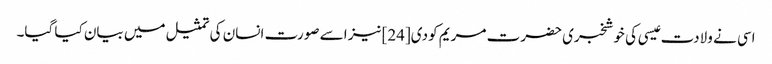
اسی نے ولادت عیسی کی خوشخبری حضرت مریم کو دی[24] نیز اسے صورت انسان کی تمثیل میں بیان کیا گیا۔